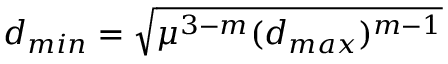
d _ { m i n } = \sqrt { \mu ^ { 3 - m } ( d _ { m a x } ) ^ { m - 1 } }